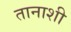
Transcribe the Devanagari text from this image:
तानाशी